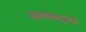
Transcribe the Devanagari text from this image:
अचल्दास